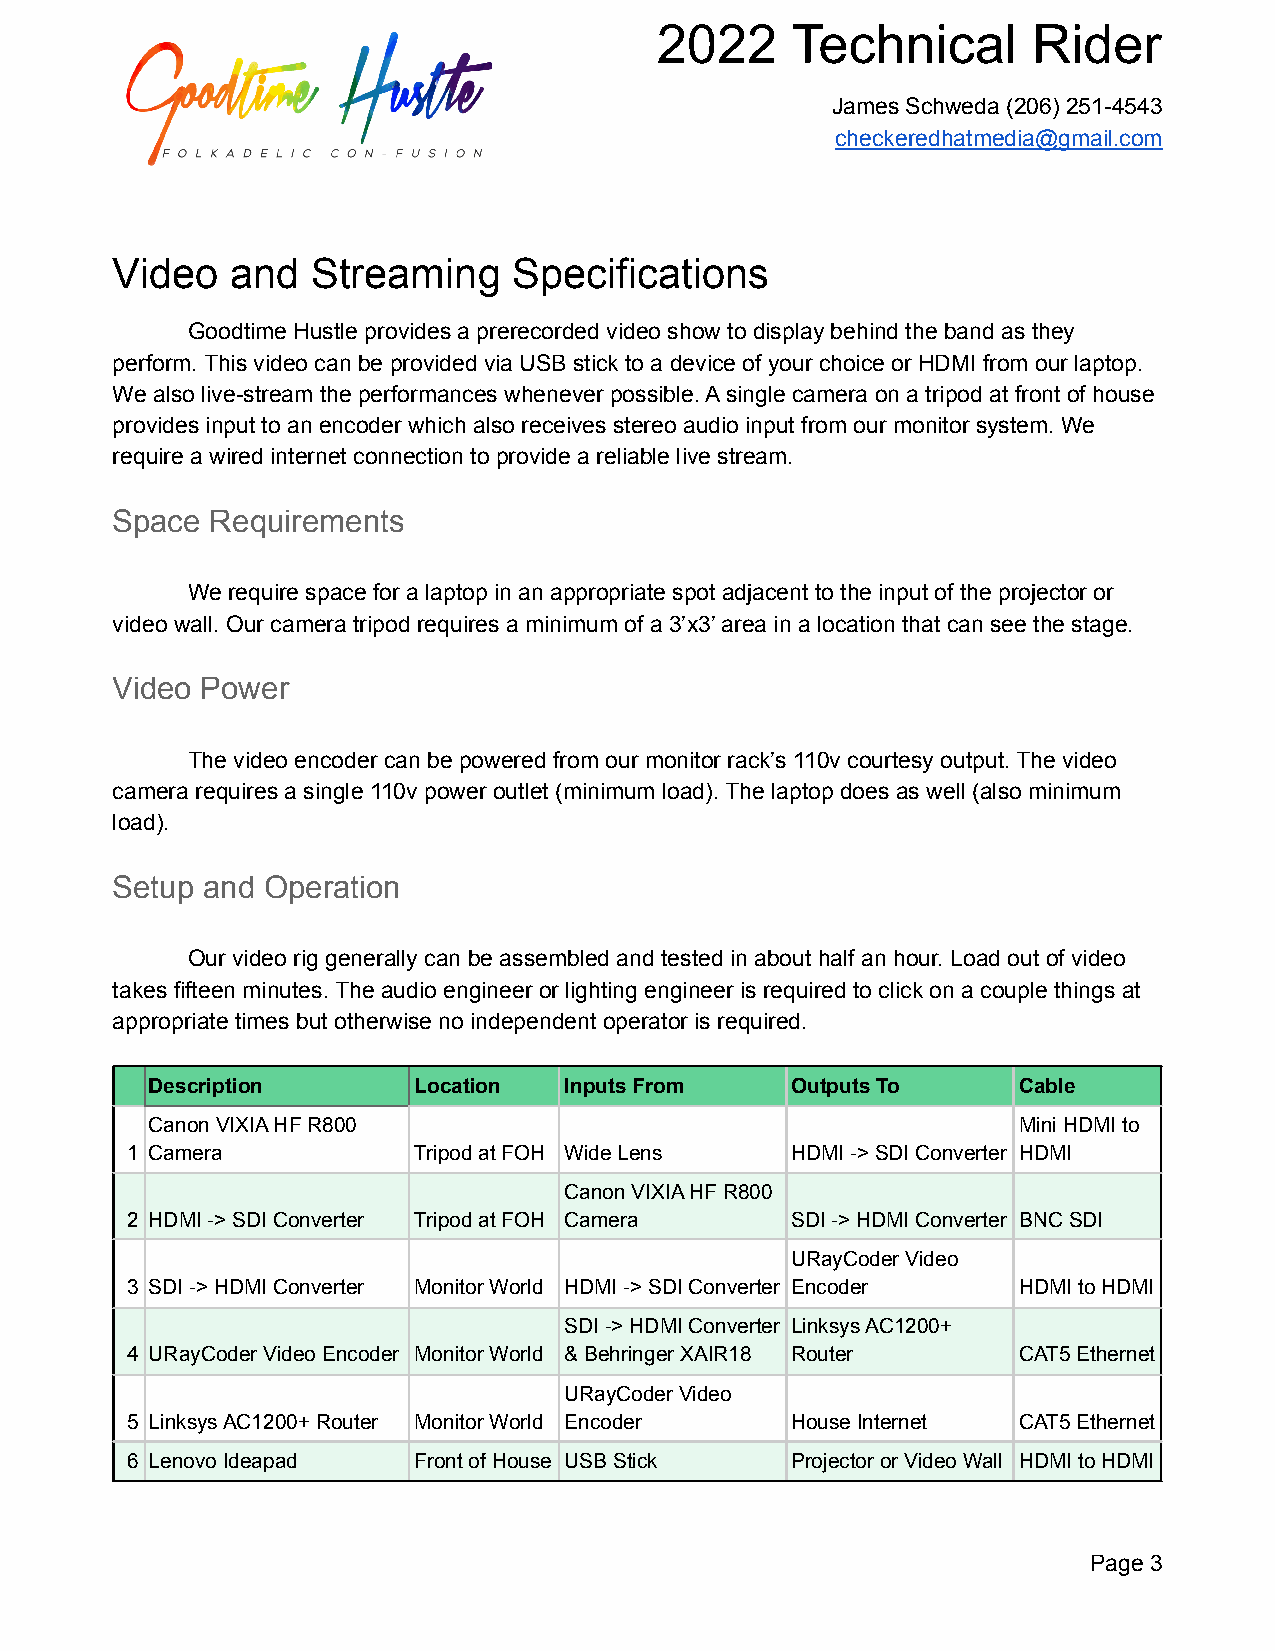
2022     Technical       Rider
 James Schweda (206) 251-4543
 checkeredhatmedia@gmail.com
 Video   and   Streaming    Specifications
 Goodtime Hustle provides a prerecorded video show to display behind the band as they
 perform. This video can be provided via USB stick to a device of your choice or HDMI from our laptop.
 We also live-stream the performances whenever possible. A single camera on a tripod at front of house
 provides input to an encoder which also receives stereo audio input from our monitor system. We
 require a wired internet connection to provide a reliable live stream.
 Space  Requirements
 We require space for a laptop in an appropriate spot adjacent to the input of the projector or
 video wall. Our camera tripod requires a minimum of a 3’x3’ area in a location that can see the stage.
 Video Power
 The video encoder can be powered from our monitor rack’s 110v courtesy output. The video
 camera requires a single 110v power outlet (minimum load). The laptop does as well (also minimum
 load).
 Setup and Operation
 Our video rig generally can be assembled and tested in about half an hour. Load out of video
 takes fifteen minutes. The audio engineer or lighting engineer is required to click on a couple things at
 appropriate times but otherwise no independent operator is required.
 Description      Location  Inputs From    Outputs To     Cable
 Canon VIXIA HF R800                                      Mini HDMI to
 1 Camera           Tripod at FOH Wide Lens  HDMI -> SDI Converter HDMI
 Canon VIXIA HF R800
 2 HDMI -> SDI Converter Tripod at FOH Camera SDI -> HDMI Converter BNC SDI
 URayCoder Video
 3 SDI -> HDMI Converter Monitor World HDMI -> SDI Converter Encoder HDMI to HDMI
 SDI -> HDMI Converter Linksys AC1200+
 4 URayCoder Video Encoder Monitor World & Behringer XAIR18 Router CAT5 Ethernet
 URayCoder Video
 5 Linksys AC1200+ Router Monitor World Encoder House Internet CAT5 Ethernet
 6 Lenovo Ideapad   Front of House USB Stick Projector or Video Wall HDMI to HDMI
 Page 3